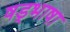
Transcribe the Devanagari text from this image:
षड्भाषा